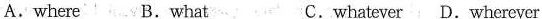
A. where B.What C.whatever D.whereyer